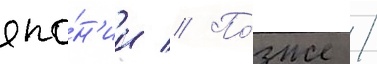
япо́н'ии // По́зже /